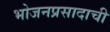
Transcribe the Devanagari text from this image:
भोजनप्रसादाची